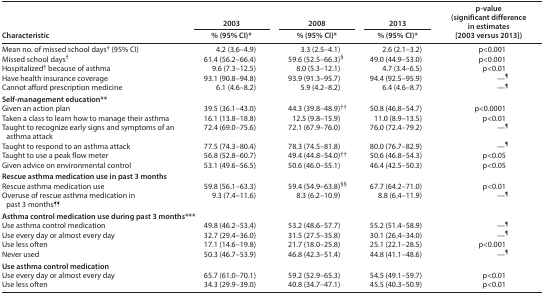
<table><thead><tr><td rowspan="2"><b>Characteristic</b></td><td><b>2003</b></td><td><b>2008</b></td><td><b>2013</b></td><td rowspan="2"><b>p-value (significant difference in estimates [2003 versus 2013])</b></td></tr><tr><td><b>% (95% CI)*</b></td><td><b>% (95% CI)*</b></td><td><b>% (95% CI)*</b></td></tr></thead><tbody><tr><td>Mean no. of missed school days<sup>†</sup> (95% CI)</td><td>4.2 (3.6–4.9)</td><td>3.3 (2.5–4.1)</td><td>2.6 (2.1–3.2)</td><td>p&lt;0.001</td></tr><tr><td>Missed school days<sup>†</sup></td><td>61.4 (56.2–66.4)</td><td>59.6 (52.5–66.3)<sup>§</sup></td><td>49.0 (44.9–53.0)</td><td>p&lt;0.001</td></tr><tr><td>Hospitalized<sup>†</sup> because of asthma</td><td>9.6 (7.3–12.5)</td><td>8.0 (5.3–12.1)</td><td>4.7 (3.4–6.5)</td><td>p&lt;0.01</td></tr><tr><td>Have health insurance coverage</td><td>93.1 (90.8–94.8)</td><td>93.9 (91.3–95.7)</td><td>94.4 (92.5–95.9)</td><td>—<sup>¶</sup></td></tr><tr><td>Cannot afford prescription medicine</td><td>6.1 (4.6–8.2)</td><td>5.9 (4.2–8.2)</td><td>6.4 (4.6–8.7)</td><td>—<sup>¶</sup></td></tr><tr><td colspan="5"><b>Self-management education</b>**</td></tr><tr><td>Given an action plan</td><td>39.5 (36.1–43.0)</td><td>44.3 (39.8–48.9)<sup>††</sup></td><td>50.8 (46.8–54.7)</td><td>p&lt;0.0001</td></tr><tr><td>Taken a class to learn how to manage their asthma</td><td>16.1 (13.8–18.8)</td><td>12.5 (9.8–15.9)</td><td>11.0 (8.9–13.5)</td><td>p&lt;0.01</td></tr><tr><td>Taught to recognize early signs and symptoms of an asthma attack</td><td>72.4 (69.0–75.6)</td><td>72.1 (67.9–76.0)</td><td>76.0 (72.4–79.2)</td><td>—<sup>¶</sup></td></tr><tr><td>Taught to respond to an asthma attack</td><td>77.5 (74.3–80.4)</td><td>78.3 (74.5–81.8)</td><td>80.0 (76.7–82.9)</td><td>—<sup>¶</sup></td></tr><tr><td>Taught to use a peak flow meter</td><td>56.8 (52.8–60.7)</td><td>49.4 (44.8–54.0)<sup>††</sup></td><td>50.6 (46.8–54.3)</td><td>p&lt;0.05</td></tr><tr><td>Given advice on environmental control</td><td>53.1 (49.6–56.5)</td><td>50.6 (46.0–55.1)</td><td>46.4 (42.5–50.3)</td><td>p&lt;0.05</td></tr><tr><td colspan="5"><b>Rescue asthma medication use in past 3 months</b></td></tr><tr><td>Rescue asthma medication use</td><td>59.8 (56.1–63.3)</td><td>59.4 (54.9–63.8)<sup>§§</sup></td><td>67.7 (64.2–71.0)</td><td>p&lt;0.01</td></tr><tr><td>Overuse of rescue asthma medication in past 3 months<sup>¶¶</sup></td><td>9.3 (7.4–11.6)</td><td>8.3 (6.2–10.9)</td><td>8.8 (6.4–11.9)</td><td>—<sup>¶</sup></td></tr><tr><td colspan="5"><b>Asthma control medication use during past 3 months***</b></td></tr><tr><td>Use asthma control medication</td><td>49.8 (46.2–53.4)</td><td>53.2 (48.6–57.7)</td><td>55.2 (51.4–58.9)</td><td>—<sup>¶</sup></td></tr><tr><td>Use every day or almost every day</td><td>32.7 (29.4–36.0)</td><td>31.5 (27.5–35.8)</td><td>30.1 (26.4–34.0)</td><td>—<sup>¶</sup></td></tr><tr><td>Use less often</td><td>17.1 (14.6–19.8)</td><td>21.7 (18.0–25.8)</td><td>25.1 (22.1–28.5)</td><td>p&lt;0.001</td></tr><tr><td>Never used</td><td>50.3 (46.7–53.9)</td><td>46.8 (42.3–51.4)</td><td>44.8 (41.1–48.6)</td><td>—<sup>¶</sup></td></tr><tr><td colspan="5"><b>Use asthma control medication</b></td></tr><tr><td>Use every day or almost every day</td><td>65.7 (61.0–70.1)</td><td>59.2 (52.9–65.3)</td><td>54.5 (49.1–59.7)</td><td>p&lt;0.01</td></tr><tr><td>Use less often</td><td>34.3 (29.9–39.0)</td><td>40.8 (34.7–47.1)</td><td>45.5 (40.3–50.9)</td><td>p&lt;0.01</td></tr></tbody></table>